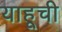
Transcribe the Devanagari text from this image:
याहूची